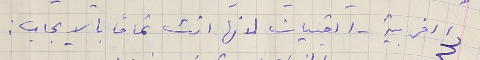
الغربية – القبيات لانها اتت تمامًا بالايجاب :